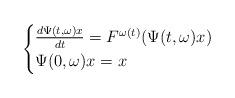
LaTeX: \begin{align*}\begin{cases}\frac{d \Psi(t,\omega) x}{dt} = F^{\omega(t)}( \Psi(t,\omega) x)\\\Psi(0,\omega) x = x\end{cases}\end{align*}